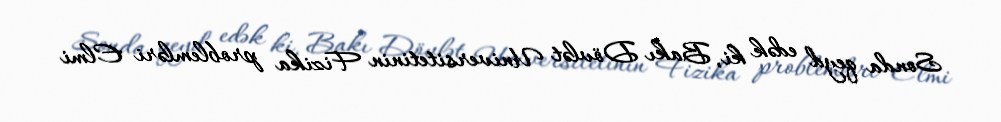
Sonda qeyd edək ki, Bakı Dövlət Universitetinin Fizika problemləri Elmi